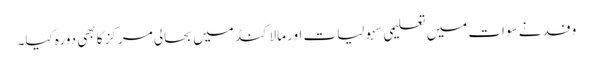
وفد نے سوات میں تعلیمی سہولیات اور مالاکنڈ میں بحالی مرکز کا بھی دورہ کیا۔